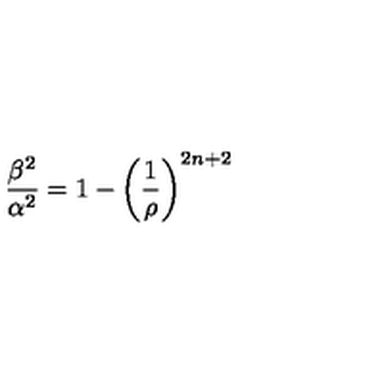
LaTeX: \frac { \beta ^ { 2 } } { \alpha ^ { 2 } } = 1 - \left( \frac { 1 } { \rho } \right) ^ { 2 n + 2 }